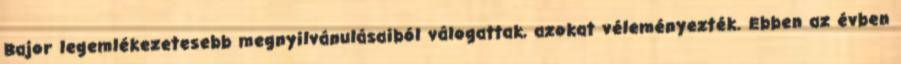
Bajor legemlékezetesebb megnyilvánulásaiból válogattak, azokat véleményezték. Ebben az évben